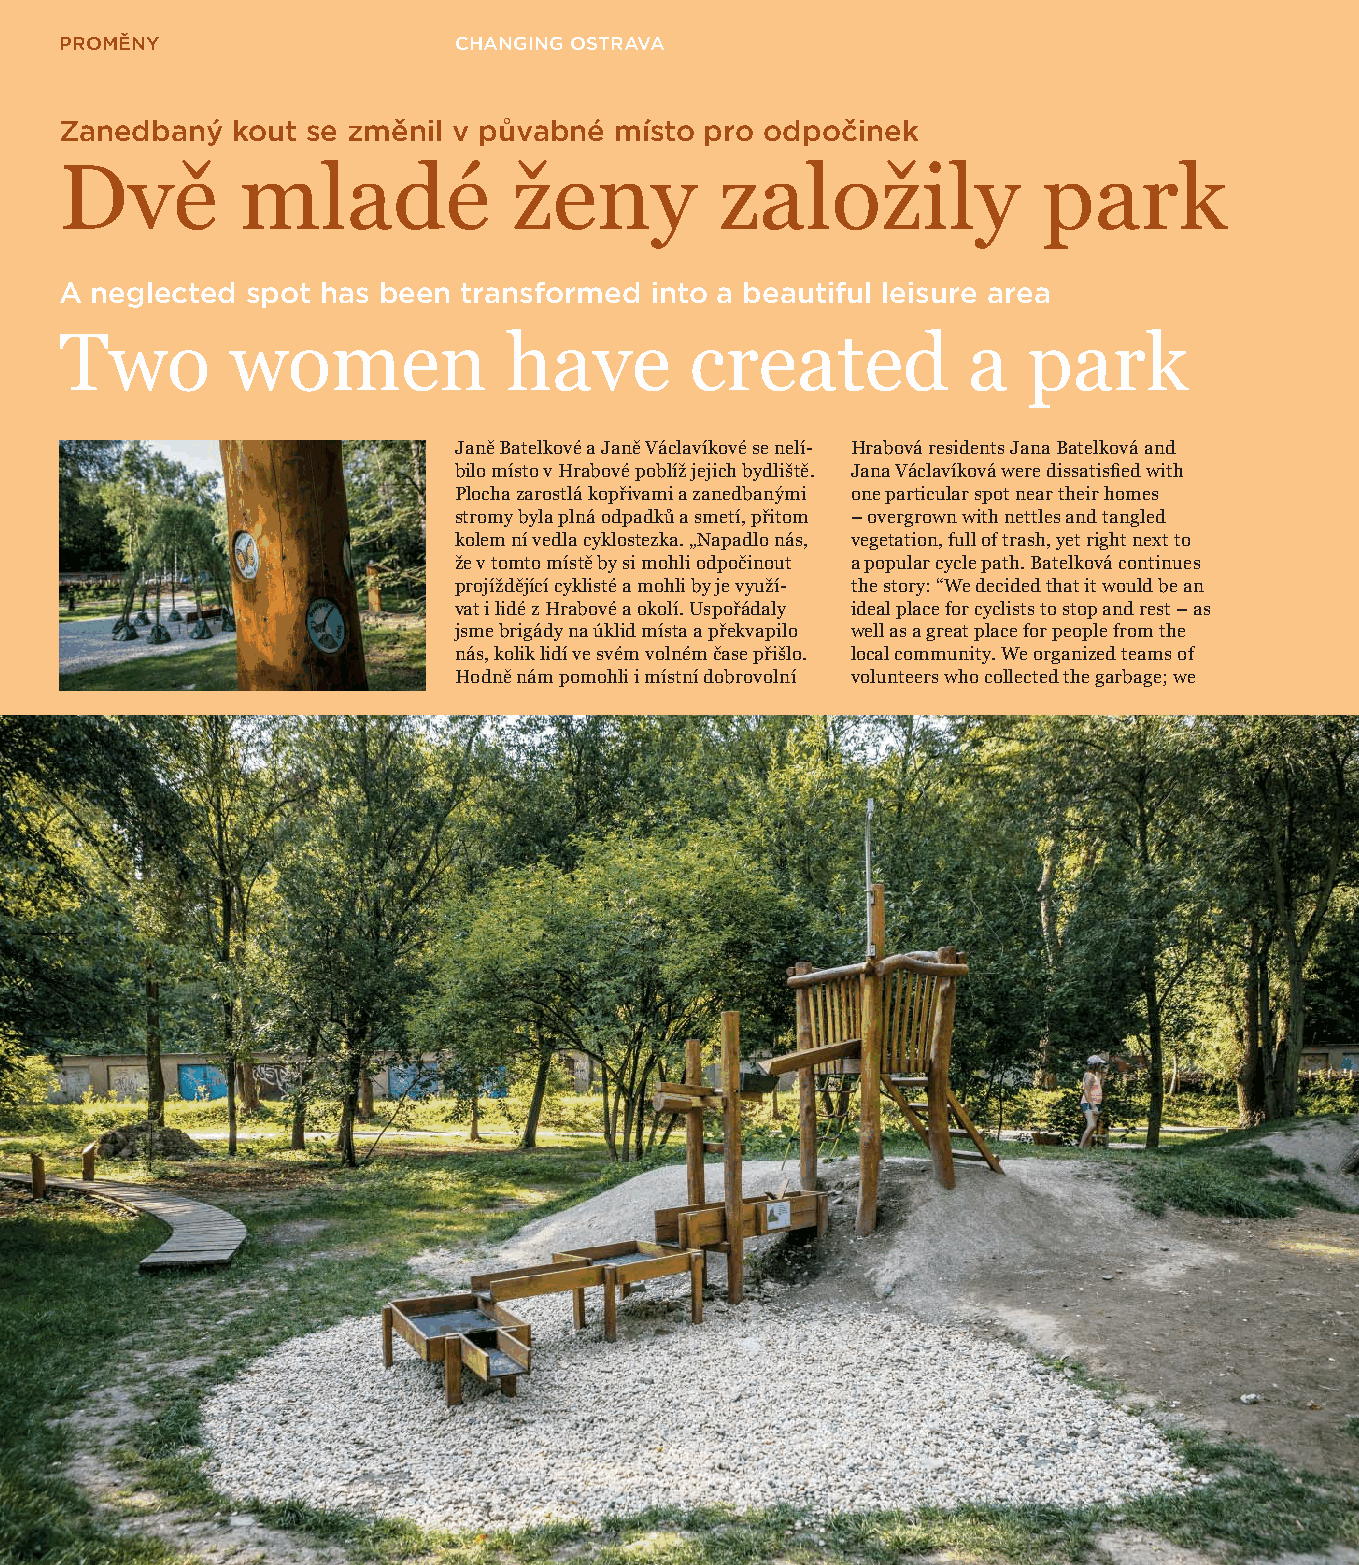
PROMĚNY                   CHANGING OSTRAVA
 Zanedbaný  kout se změnil v půvabné  místo pro odpočinek
 Dvě         mladé             ženy          založily             park
 A neglected spot has been  transformed into a beautiful leisure area
 Two        women             have         created           a   park
 Janě Batelkové a Janě Václavíkové se nelí- Hrabová residents Jana Batelková and
 bilo místo v Hrabové poblíž jejich bydliště. Jana Václavíková were dissatisfi ed with
 Plocha zarostlá kopřivami a zanedbanými one particular spot near their homes
 stromy byla plná odpadků a smetí, přitom –overgrown with nettles and tangled
 kolem ní vedla cyklostezka. „Napadlo nás, vegetation, full of trash, yet right next to
 že v tomto místě by si mohli odpočinout a popular cycle path. Batelková continues
 projíždějící cyklisté a mohli by je využí- the story: “We decided that it would be an
 vat i lidé z Hrabové a okolí. Uspořádaly ideal place for cyclists to stop and rest – as
 jsme brigády na úklid místa a překvapilo well as a great place for people from the
 nás, kolik lidí ve svém volném čase přišlo. local community. We organized teams of
 Hodně nám pomohli i místní dobrovolní volunteers who collected the garbage; we
 26